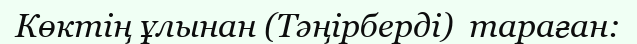
Көктің ұлынан (Тәңірберді)  тараған: